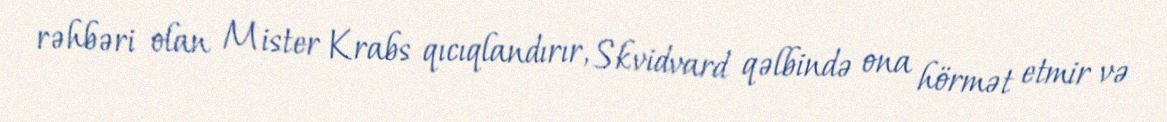
rəhbəri olan Mister Krabs qıcıqlandırır, Skvidvard qəlbində ona hörmət etmir və